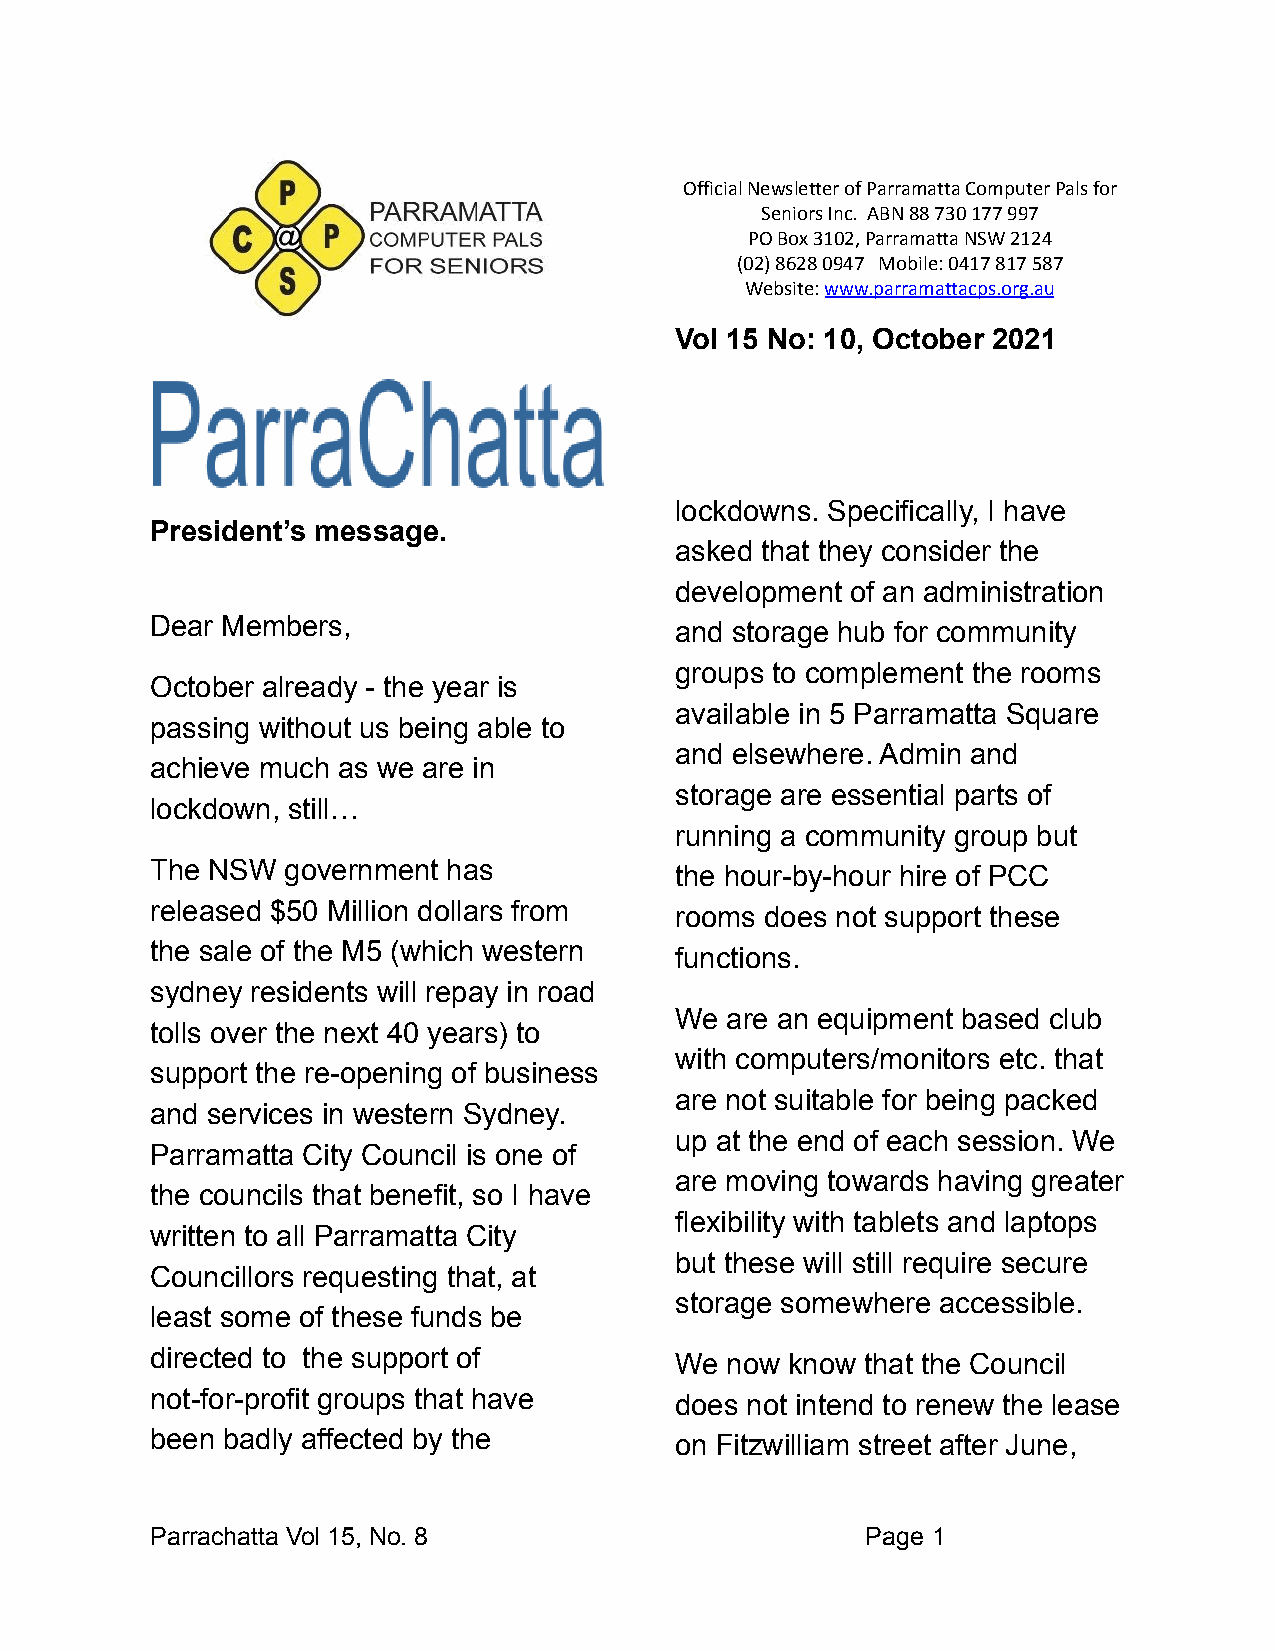
Official Newsletter of Parramatta Computer Pals for
 Seniors Inc. ABN 88 730 177 997
 PO Box 3102, Parramatta NSW 2124
 (02) 8628 0947 Mobile: 0417 817 587
 Website:www.parramattacps.org.au
 Vol 15 No: 10, October 2021
 lockdowns. Specifically, I have
 President’s message.
 asked that they consider the
 development of an administration
 Dear Members,                      and storage hub for community
 groups to complement the rooms
 October already - the year is
 available in 5 Parramatta Square
 passing without us being able to
 and elsewhere. Admin and
 achieve much as we are in
 storage are essential parts of
 lockdown, still…
 running a community group but
 The NSW  government has            the hour-by-hour hire of PCC
 released $50 Million dollars from  rooms does not support these
 the sale of the M5 (which western  functions.
 sydney residents will repay in road
 We are an equipment based club
 tolls over the next 40 years) to
 with computers/monitors etc. that
 support the re-opening of business
 are not suitable for being packed
 and services in western Sydney.
 up at the end of each session. We
 Parramatta City Council is one of
 are moving towards having greater
 the councils that benefit, so I have
 flexibility with tablets and laptops
 written to all Parramatta City
 but these will still require secure
 Councillors requesting that, at
 storage somewhere accessible.
 least some of these funds be
 directed to the support of         We now know that the Council
 not-for-profit groups that have    does not intend to renew the lease
 been badly affected by the         on Fitzwilliam street after June,
 Parrachatta Vol 15, No. 8                      Page 1